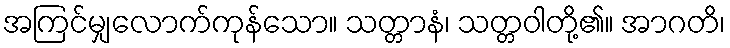
အကြင်မျှလောက်ကုန်သော။ သတ္တာနံ၊ သတ္တဝါတို့၏။ အာဂတိ၊